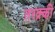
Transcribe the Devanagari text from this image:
तरक़्की़